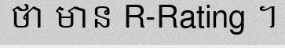
ថា មាន R-Rating ។